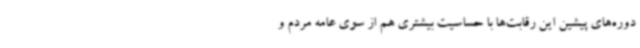
دوره‌های پیشین این رقابت‌ها با حساسیت بیشتری هم از سوی عامه مردم و